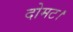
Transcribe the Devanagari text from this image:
दोमट।